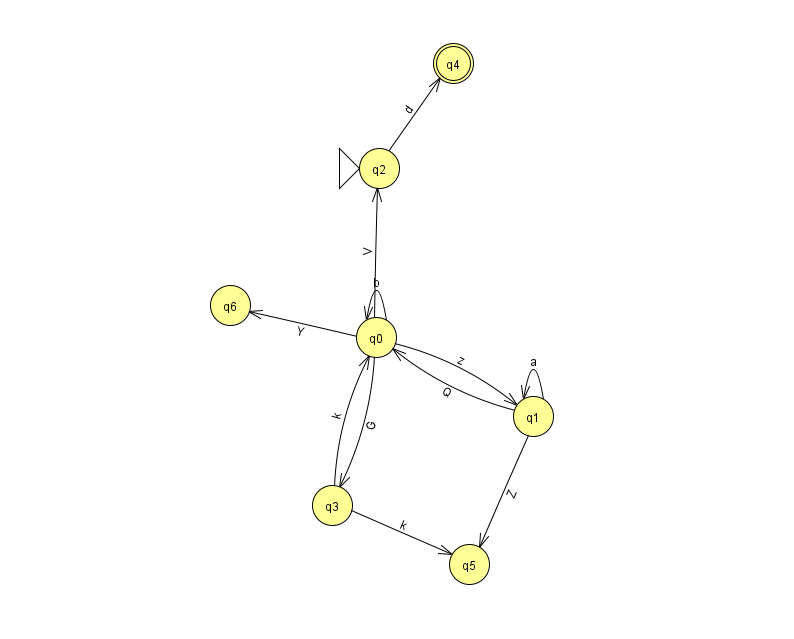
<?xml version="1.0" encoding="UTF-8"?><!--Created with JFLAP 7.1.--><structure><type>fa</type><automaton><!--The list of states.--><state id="0" name="q0"><x>376.0</x><y>324.0</y></state><state id="1" name="q1"><x>533.0</x><y>403.0</y></state><state id="2" name="q2"><x>379.0</x><y>155.0</y><initial/></state><state id="3" name="q3"><x>332.0</x><y>492.0</y></state><state id="4" name="q4"><x>453.0</x><y>50.0</y><final/></state><state id="5" name="q5"><x>469.0</x><y>551.0</y></state><state id="6" name="q6"><x>230.0</x><y>292.0</y></state><!--The list of transitions.--><transition><from>3</from><to>0</to><read>k</read></transition><transition><from>1</from><to>1</to><read>a</read></transition><transition><from>0</from><to>0</to><read>b</read></transition><transition><from>1</from><to>5</to><read>Z</read></transition><transition><from>0</from><to>1</to><read>z</read></transition><transition><from>3</from><to>5</to><read>k</read></transition><transition><from>0</from><to>2</to><read>V</read></transition><transition><from>0</from><to>6</to><read>Y</read></transition><transition><from>0</from><to>3</to><read>G</read></transition><transition><from>1</from><to>0</to><read>Q</read></transition><transition><from>2</from><to>4</to><read>d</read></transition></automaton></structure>